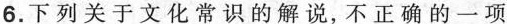
6.下列关于文化常识的解说，不正确的一项